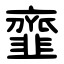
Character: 韲